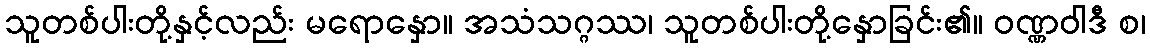
သူတစ်ပါးတို့နှင့်လည်း မရောနှော။ အသံသဂ္ဂဿ၊ သူတစ်ပါးတို့နှောခြင်း၏။ ဝဏ္ဏဝါဒီ စ၊